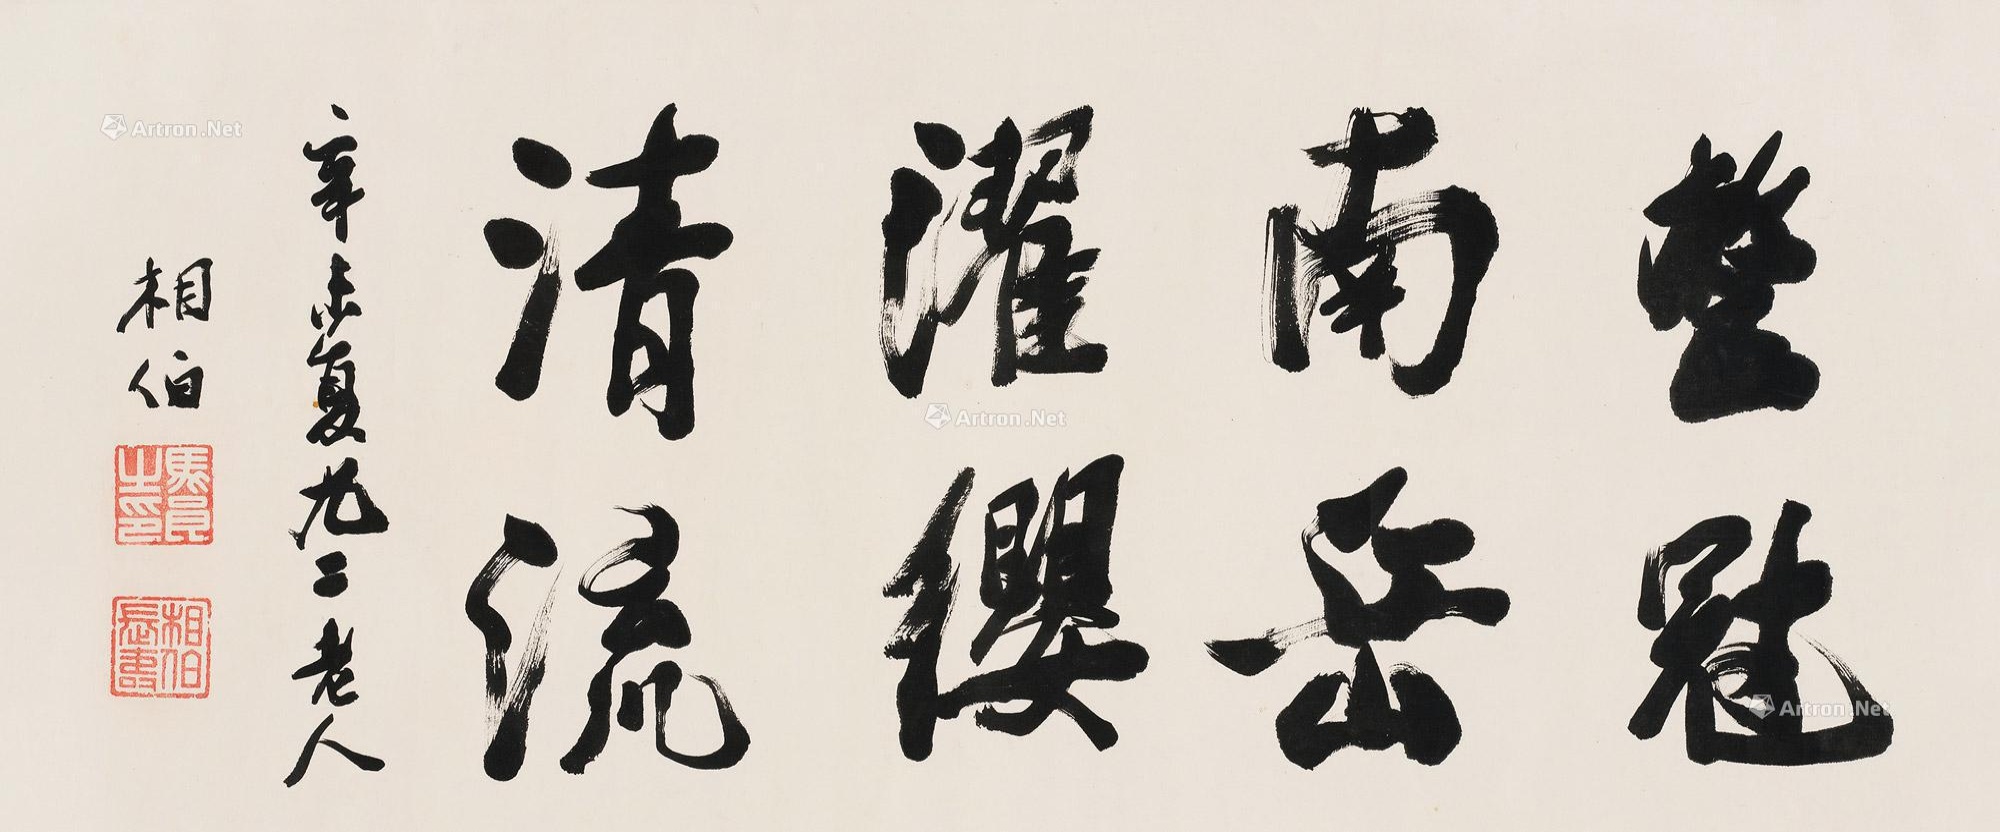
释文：整冠南岳，濯缨清流。辛未夏，九二老人相伯。